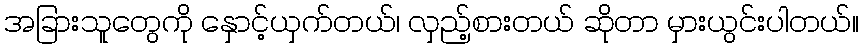
အခြားသူတွေကို နှောင့်ယှက်တယ်၊ လှည့်စားတယ် ဆိုတာ မှားယွင်းပါတယ်။